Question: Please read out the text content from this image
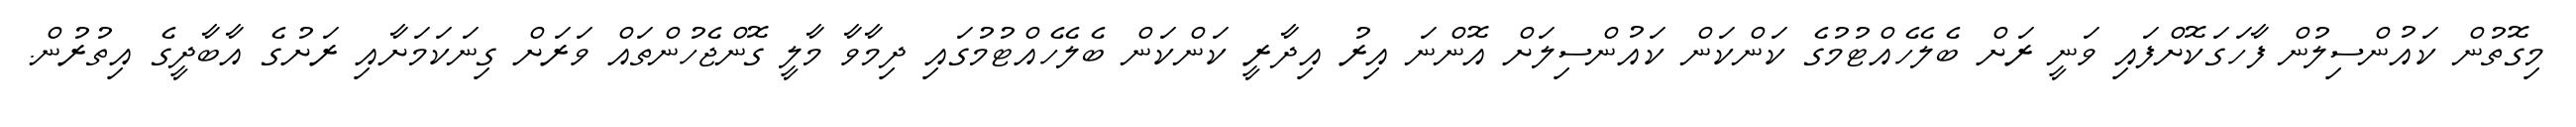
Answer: މިގޮތުން ކައުންސިލުން ފާހަގަކޮށްފައި ވަނީ ރަށް ބެލެހެއްޓުމުގެ ކަންކަން ކައުންސިލަށް އޮންނަ އިރު އިދާރީ ކަންކަން ބެލެހެއްޓުމުގައި ދިމާވާ މާލީ ގޮންޖެހުންތައް ވަރަށް ގިނަކަމަށާއި ރަށުގެ އާބާދީގެ އިތުރުން.